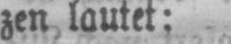
zen lautet: